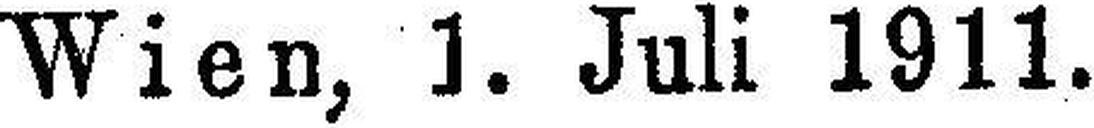
Wien, 1. Juli 1911.